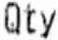
QTY